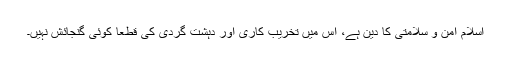
اسلام امن و سلامتی کا دین ہے، اس میں تخریب کاری اور دہشت گردی کی قطعاً کوئی گنجائش نہیں۔